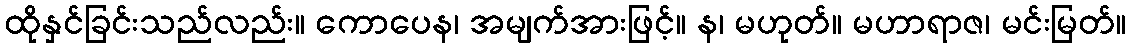
ထိုနှင်ခြင်းသည်လည်း။ ကောပေန၊ အမျက်အားဖြင့်။ န၊ မဟုတ်။ မဟာရာဇ၊ မင်းမြတ်။